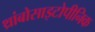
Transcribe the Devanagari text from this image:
थ्रांबोसाइटोपीनिक